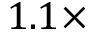
1 . 1 \times